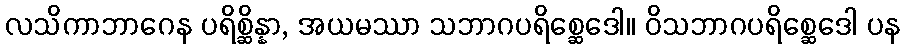
လသိကာဘာဂေန ပရိစ္ဆိန္နာ, အယမဿာ သဘာဂပရိစ္ဆေဒေါ။ ဝိသဘာဂပရိစ္ဆေဒေါ ပန